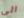
الى